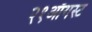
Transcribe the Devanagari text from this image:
२१ऑगस्ट